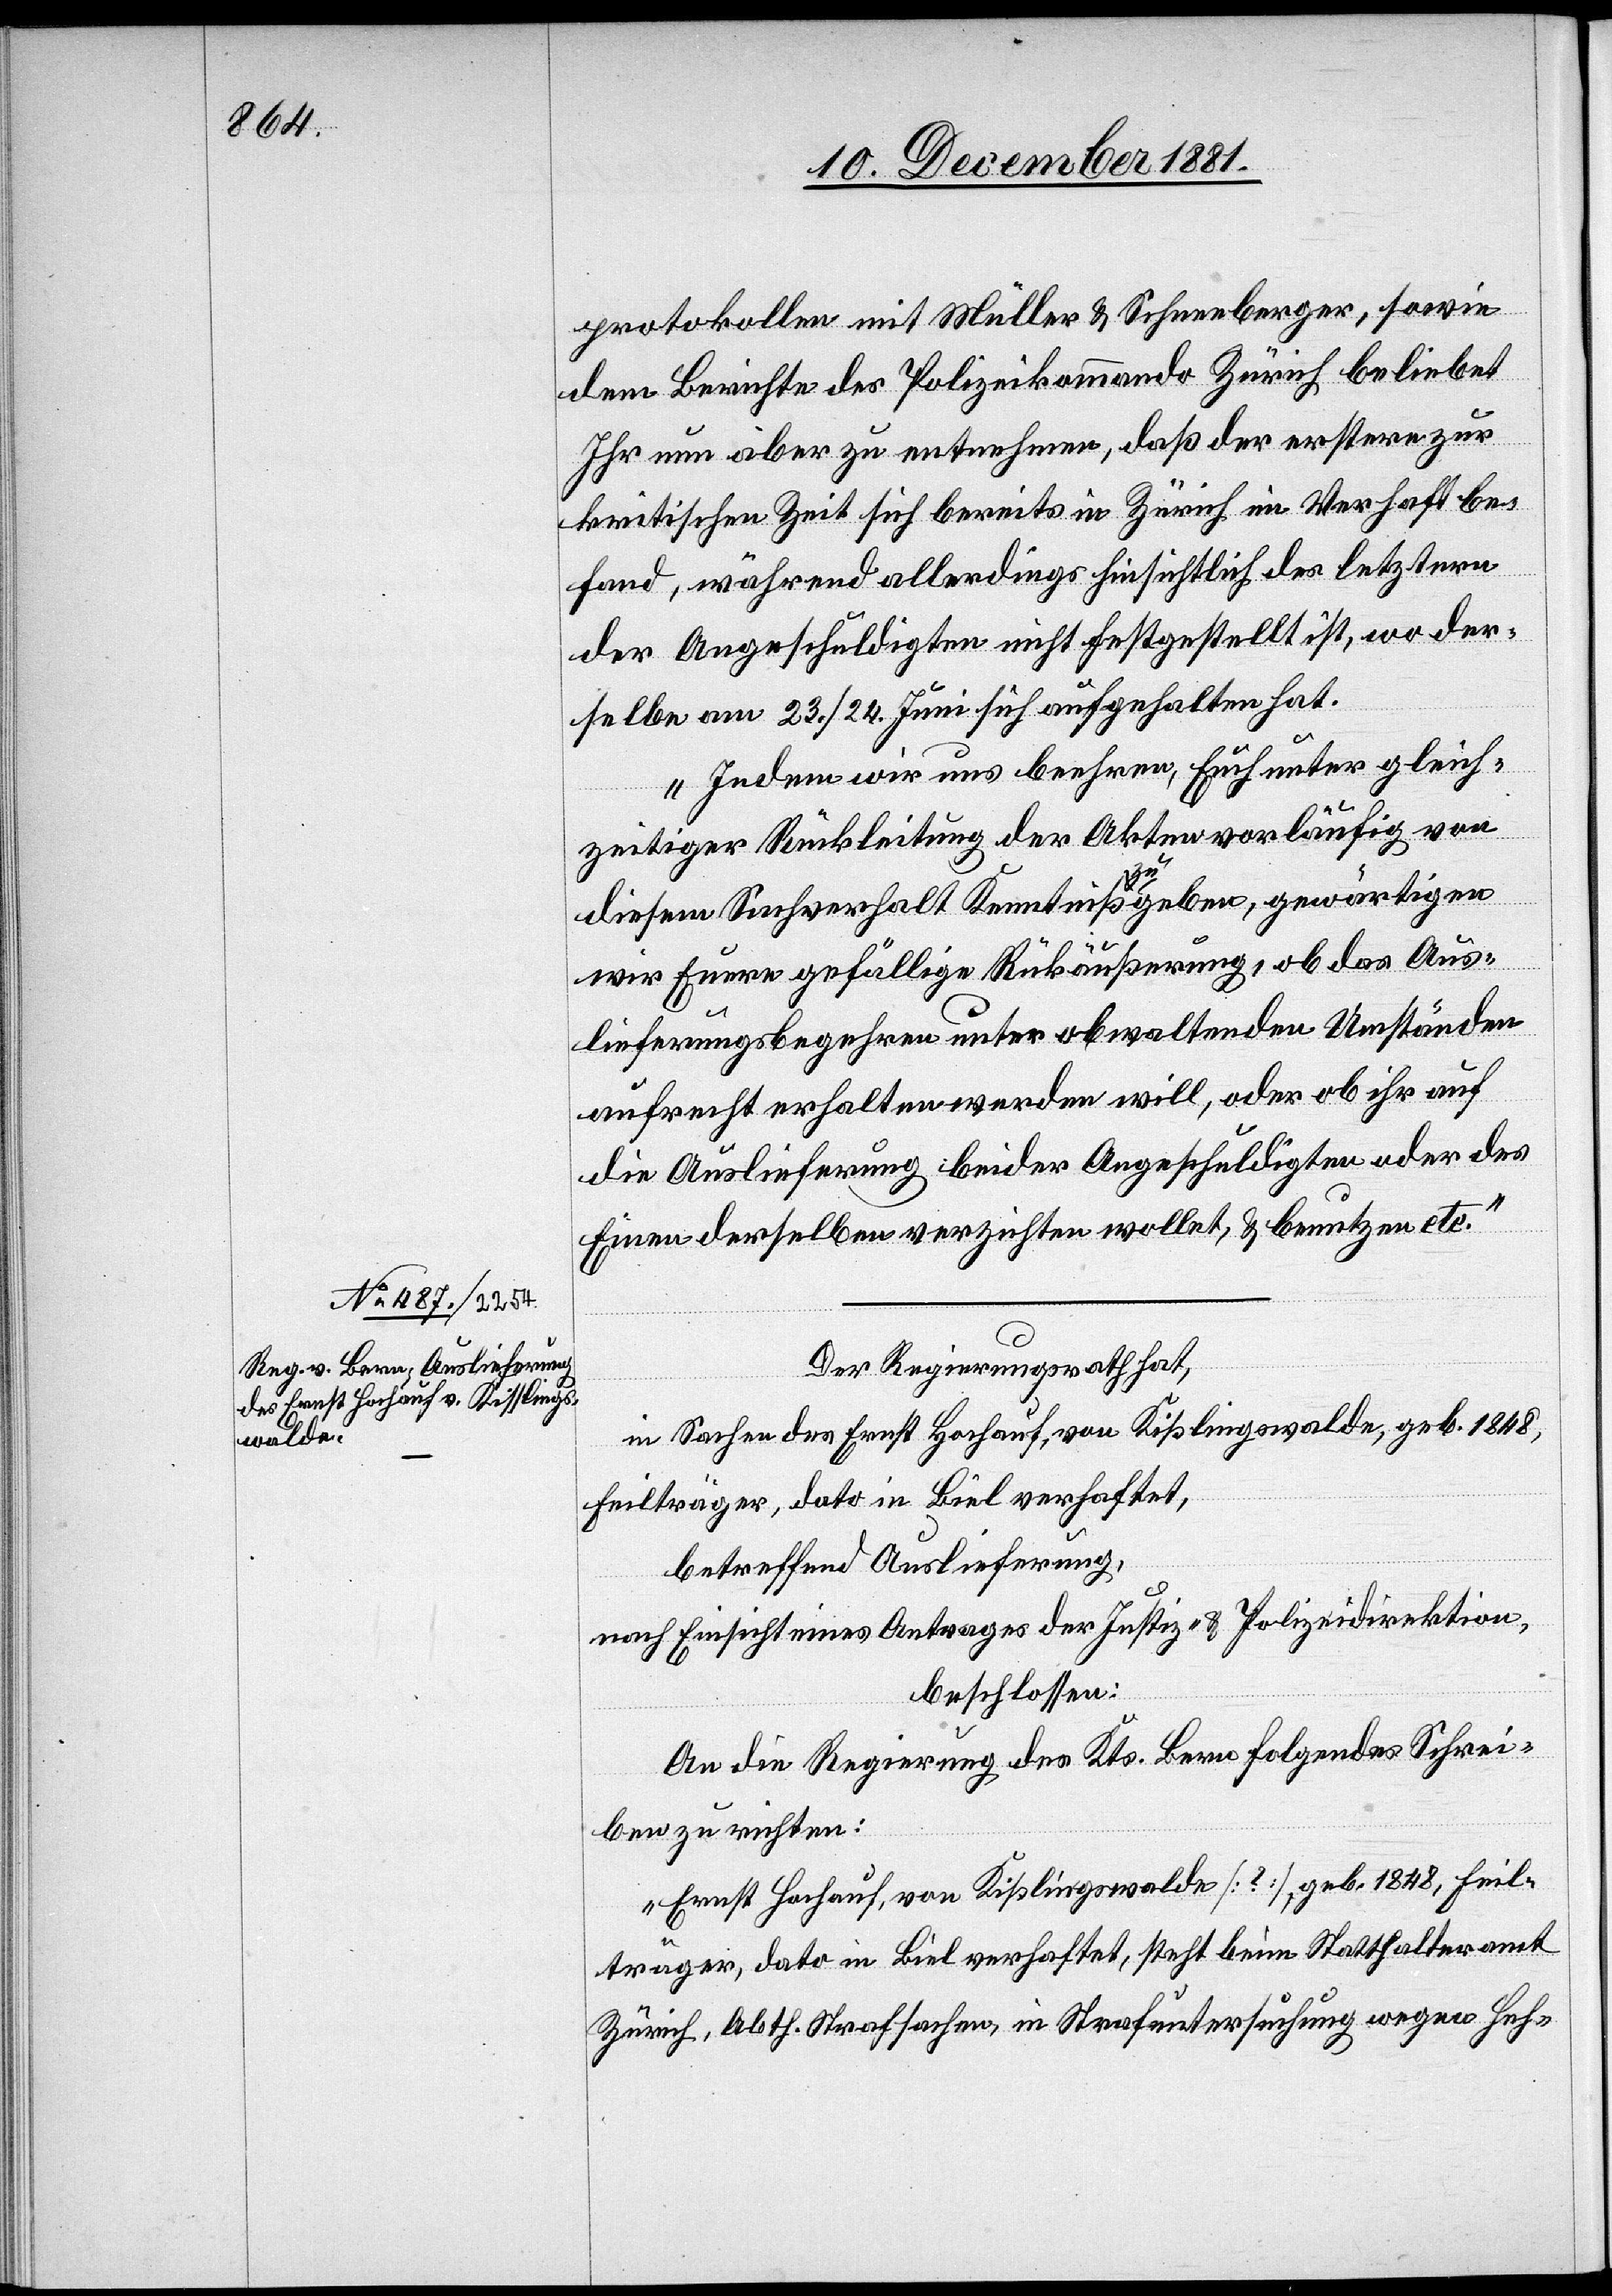
12. December 1881.]
protokollen mit Müller & Schneeberger, sowie
dem Berichte des Polizeikommando Zürich beliebet
Ihr nun aber zu entnehmen, daß der erstere zur
kritischen Zeit sich bereits in Zürich im Verhaft be¬
fand, während allerdings hinsichtlich des letztern
der Angeschuldigten nicht festgestellt ist, wo der¬
selbe am 23./24. Juni sich aufgehalten hat.
Indem wir uns beehren, Euch unter gleich¬
zeitiger Rückleitung der Akten vorläufig von
diesem Sachverhalt Kenntniß zu geben, gewärtigen
wir Eure gefällige Rückäußerung, ob das Aus¬
lieferungsbegehren unter obwaltenden Umständen
aufrecht erhalten werden will, oder ob ihr auf
die Auslieferung beider angeschuldigten oder des
Einen derselben verzichten wollet, & benutzen etc.“
Der Regierungsrath hat,
in Sachen des Ernst Hochauf, von Kißlingswalde [sic!], geb. 1848,
Feilträger, dato in Biel verhaftet,
betreffend Auslieferung
nach Einsicht eines Antrages der Justiz- & Polizeidirektion,
beschlossen:
An die Regierung des Kts. Bern folgendes Schrei¬
ben zu richten:
„Ernst Hochauf, von Kißlingswalde [?], geb. 1848, Feil¬
träger, dato in Biel verhaftet, steht beim Statthalteramt
Zürich, Abth. Strafsachen, in Strafuntersuchung wegen Heh-